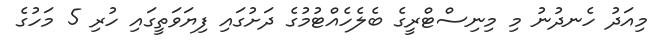
މިއަދު ހެނދުނު މި މިނިސްޓްރީގެ ބެލެހެއްޓުމުގެ ދަށުގައި ފިޔަވަތީގައި ހުރި 5 މަހުގެ